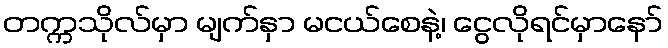
တက္ကသိုလ်မှာ မျက်နှာ မငယ်စေနဲ့၊ ငွေလိုရင်မှာနော်